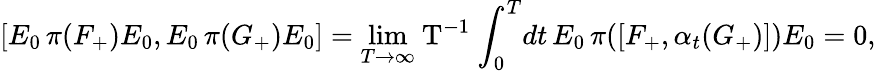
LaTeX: [E_{0}\, \pi({F}_{+})E_{0},E_{0}\, \pi({G}_{+})E_{0}]=\operatorname*{lim}_{T\rightarrow\infty}\! \mathrm{~T^{-1}~}\! \int_{0}^{T}\! dt\, E_{0}\, \pi([{F}_{+},\alpha_{t}(G_{+})])E_{0}=0,